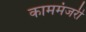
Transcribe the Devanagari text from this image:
काममंजरी